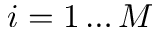
i = 1 \dots M